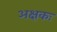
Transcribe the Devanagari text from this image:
अक्षकः